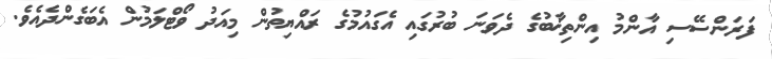
ފަރަންސޭސި އާންމު އިންތިޚާބުގެ ދެވަނަ ބުރުގައި އެގައުމުގެ ރައްޔިތުން މިއަދު ވޯޓްލަމުން އެބަގެންދެއެވެ.